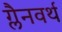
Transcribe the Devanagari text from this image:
ग्लैनवर्थ